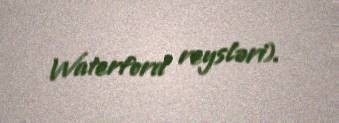
Waterford reysləri).